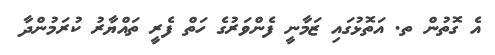
އެ ގޮތުން ތ. އަތޮޅުގައި ޒަމާނީ ފެންވަރުގެ ހަތް ފެރީ ތައްޔާރު ކުރަމުންދާ